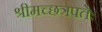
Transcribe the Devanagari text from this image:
श्रीमच्छत्रपतेः